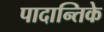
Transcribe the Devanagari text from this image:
पादान्तिके